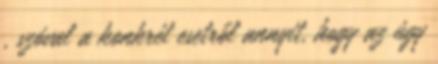
, szóval a konkrét esetről annyit, hogy az úgy